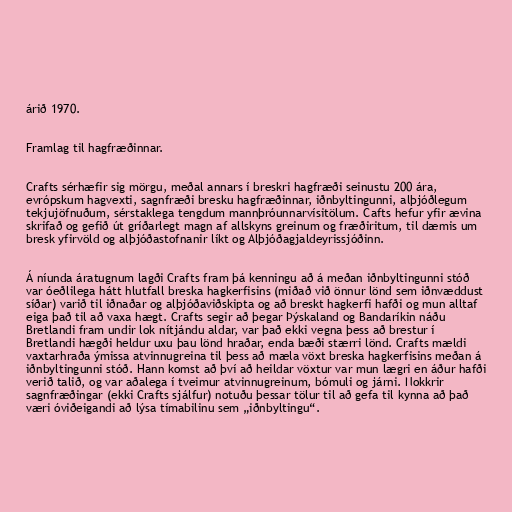
árið 1970.

Framlag til hagfræðinnar.

Crafts sérhæfir sig mörgu, meðal annars í breskri hagfræði seinustu 200 ára,
evrópskum hagvexti, sagnfræði bresku hagfræðinnar, iðnbyltingunni, alþjóðlegum
tekjujöfnuðum, sérstaklega tengdum mannþróunnarvísitölum. Cafts hefur yfir ævina
skrifað og gefið út gríðarlegt magn af allskyns greinum og fræðiritum, til dæmis um
bresk yfirvöld og alþjóðastofnanir líkt og Alþjóðagjaldeyrissjóðinn.

Á níunda áratugnum lagði Crafts fram þá kenningu að á meðan iðnbyltingunni stóð
var óeðlilega hátt hlutfall breska hagkerfisins (miðað við önnur lönd sem iðnvæddust
síðar) varið til iðnaðar og alþjóðaviðskipta og að breskt hagkerfi hafði og mun alltaf
eiga það til að vaxa hægt. Crafts segir að þegar Þýskaland og Bandaríkin náðu
Bretlandi fram undir lok nítjándu aldar, var það ekki vegna þess að brestur í
Bretlandi hægði heldur uxu þau lönd hraðar, enda bæði stærri lönd. Crafts mældi
vaxtarhraða ýmissa atvinnugreina til þess að mæla vöxt breska hagkerfisins meðan á
iðnbyltingunni stóð. Hann komst að því að heildar vöxtur var mun lægri en áður hafði
verið talið, og var aðalega í tveimur atvinnugreinum, bómuli og járni. Nokkrir
sagnfræðingar (ekki Crafts sjálfur) notuðu þessar tölur til að gefa til kynna að það
væri óviðeigandi að lýsa tímabilinu sem „iðnbyltingu“.